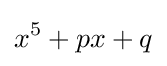
x^{5}+px+q